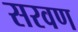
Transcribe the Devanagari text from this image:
सरवण